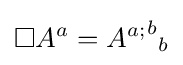
\Box A^{a}={{A^{a;}}^{b}}_{b}